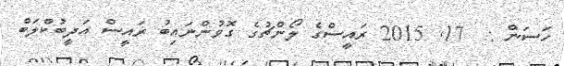
ހަސަން :  17